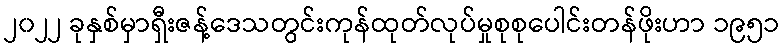
၂၀၂၂ ခုနှစ်မှာရှီးဇန့်ဒေသတွင်းကုန်ထုတ်လုပ်မှုစုစုပေါင်းတန်ဖိုးဟာ ၁၉၅၁